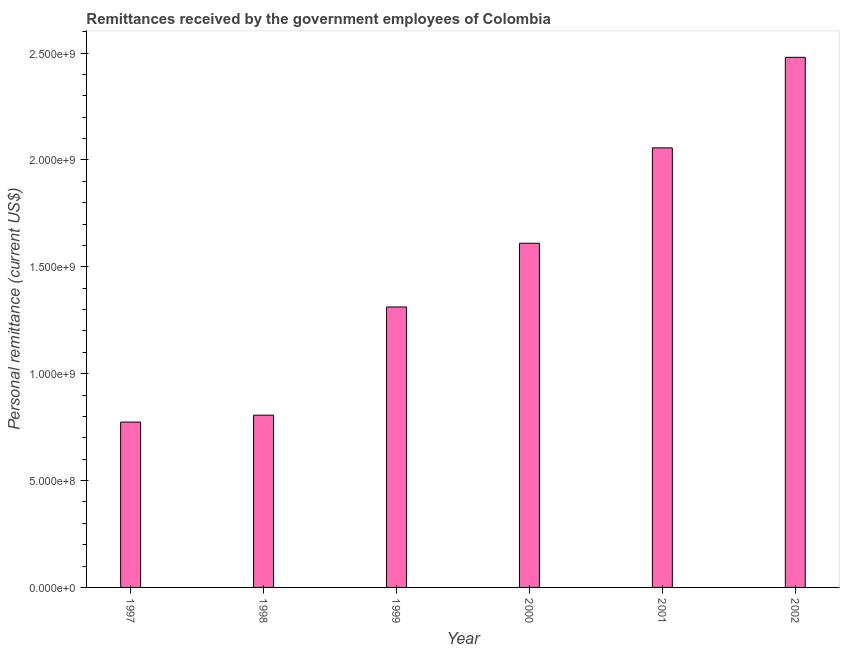
| Year | Personal remittances |
 | --- | --- |
 | 1997 | 7.74e+08 |
 | 1998 | 8.06e+08 |
 | 1999 | 1.31e+09 |
 | 2000 | 1.61e+09 |
 | 2001 | 2.06e+09 |
 | 2002 | 2.48e+09 |